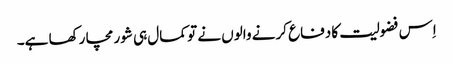
اِس فضولیت کا دفاع کرنے والوں نے تو کمال ہی شور مچا رکھا ہے۔